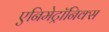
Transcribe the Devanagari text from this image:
एनिमेट्रॉनिक्स